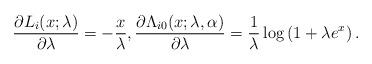
LaTeX: \begin{align*}\frac{\partial L_i(x;\lambda)}{\partial\lambda}=-\frac{x}{\lambda},\frac{\partial \Lambda_{i0}(x;\lambda,\alpha)}{\partial\lambda}=\frac{1}{\lambda}\log\left(1+\lambda e^x\right).\end{align*}